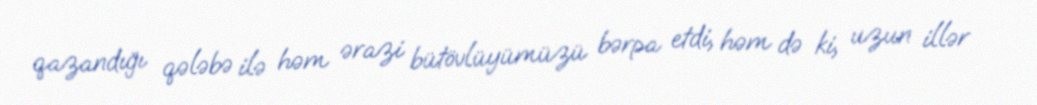
qazandığı qələbə ilə həm ərazi bütövlüyümüzü bərpa etdi, həm də ki, uzun illər